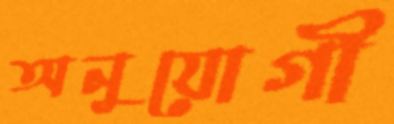
অনুযোগী